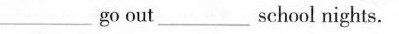
___ go out ___ school nights.